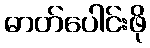
ဓာတ်ပေါင်းဖို